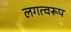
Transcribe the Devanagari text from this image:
लगत्वरूप